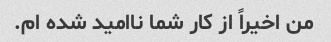
من اخیراً از کار شما ناامید شده ام.